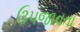
ઉપજાવતા